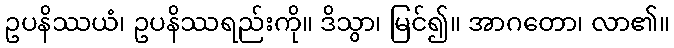
ဥပနိဿယံ၊ ဥပနိဿရည်းကို။ ဒိသွာ၊ မြင်၍။ အာဂတော၊ လာ၏။